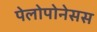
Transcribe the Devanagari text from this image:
पेलोपोनेसस